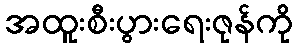
အထူးစီးပွားရေးဇုန်ကို